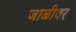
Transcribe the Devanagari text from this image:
जाळीवर